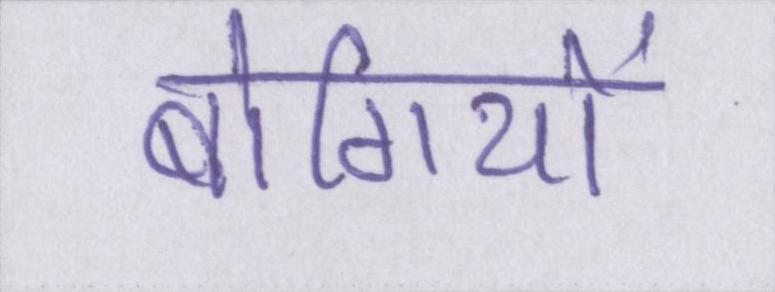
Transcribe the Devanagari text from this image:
बोगियों